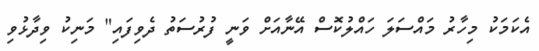
އެކަމަކު މިހާރު މައްސަލަ ހައްލުކޮސް އޭނާއަށް ވަނީ ފުރުސަތު ދެވިފައި" މަނިކު ވިދާޅުވި